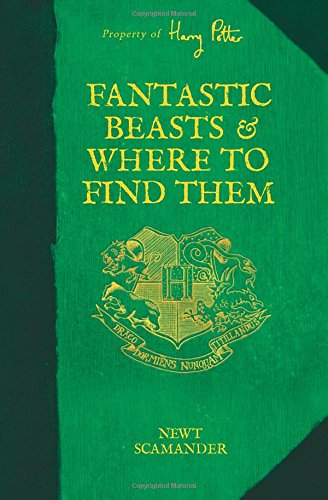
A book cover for Fantastic Beasts and Where to Find Them (Harry Potter); Newt Scamander; Children's Books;